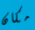
مكان